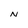
Character: N